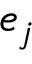
e _ { j }